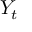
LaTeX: \textstyle Y _ { t }